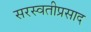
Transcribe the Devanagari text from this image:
सरस्वतीप्रसाद